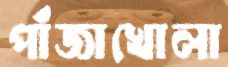
পাঁজাখোলা